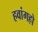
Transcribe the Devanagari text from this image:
हवांगहो